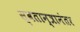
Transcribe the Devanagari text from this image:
स्वतान्त्रानंतर